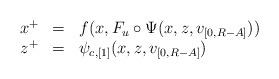
LaTeX: \begin{align*}\begin{array}{rcl}x^{+} & = & f(x,F_{u}\circ\Psi(x,z,v_{[0,R-A]}))\\z^{+} & = & \psi_{c,[1]}(x,z,v_{[0,R-A]})\end{array}\end{align*}